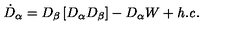
\dot { D } _ { \alpha } = D _ { \beta } \left[ D _ { \alpha } D _ { \beta } \right] - D _ { \alpha } W + { \it h . c . }